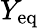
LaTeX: Y_{\mathrm{eq}}